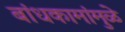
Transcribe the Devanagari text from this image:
बांधकामांमुळे